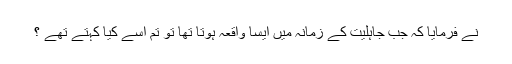
نے فرمایا کہ جب جاہلیت کے زمانہ میں ایسا واقعہ ہوتا تھا تو تم اسے کیا کہتے تھے ؟